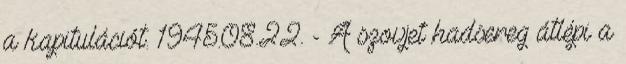
a kapitulációt. 1945.08.22. - A szovjet hadsereg átlépi a